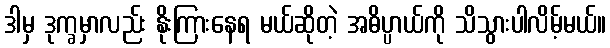
ဒါမှ ဒုက္ခမှာလည်း နိုးကြားနေရ မယ်ဆိုတဲ့ အဓိပ္ပာယ်ကို သိသွားပါလိမ့်မယ်။